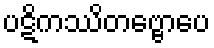
ပဋိကဿိတဗ္ဗောပေ